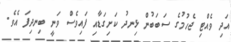
އަދި ވެއްޓި ޖެހުމުގެ ސަބަބުން ޅިނދު ކަށިގަޑާއި ފައިވެސް ވަނީ ބިނދިފަ އެވެ.